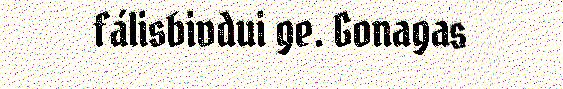
fálisbivdui ge. Gonagas